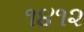
૧૪૧૨